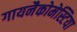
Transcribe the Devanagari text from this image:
गायनैकोमेस्टिया